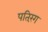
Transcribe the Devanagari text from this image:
पतिरंग